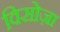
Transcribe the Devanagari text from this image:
विसोज़ा